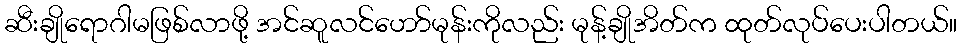
ဆီးချိုရောဂါမဖြစ်လာဖို့ အင်ဆူလင်ဟော်မုန်းကိုလည်း မုန့်ချိုအိတ်က ထုတ်လုပ်ပေးပါတယ်။